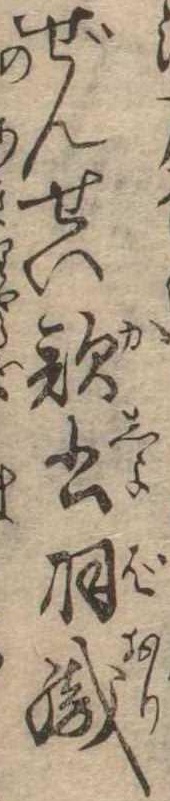
ぜんせい歌書羽織